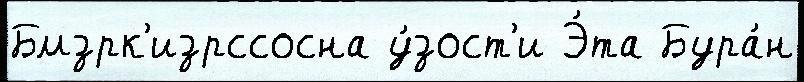
Бмзрк'изрссосна у́зост'и Э́та Бура́н